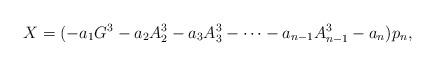
LaTeX: \begin{align*} X=(-a_1G^3-a_2A_2^3-a_3A_3^3- \cdots - a_{n-1}A_{n-1}^3-a_n)p_n,\end{align*}